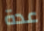
عدة